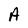
Character: A